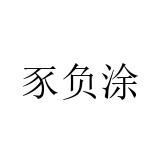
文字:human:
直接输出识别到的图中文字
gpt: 豕负涂